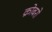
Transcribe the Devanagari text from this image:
क्रोबरो